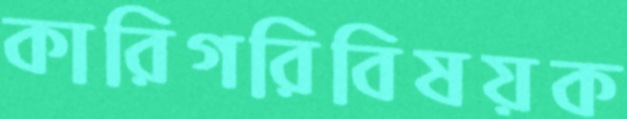
কারিগরিবিষয়ক